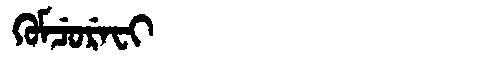
Manchu: ᡴᡠᠮᠴᡠᡵᡝᠸᡳ
Romanization: KUMCUREFI